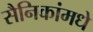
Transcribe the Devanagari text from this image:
सैनिकांमधे